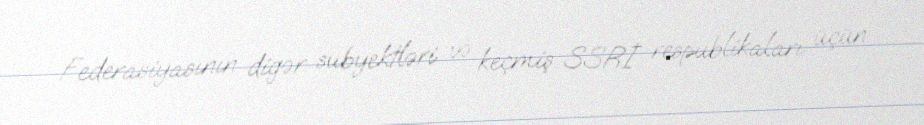
Federasiyasının digər subyektləri və keçmiş SSRİ respublikaları üçün